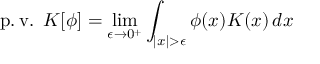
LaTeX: \operatorname { p . v . } \, \, K [ \phi ] = \operatorname* { l i m } _ { \epsilon \to 0 ^ { + } } \int _ { | x | > \epsilon } \phi ( x ) K ( x ) \, d x